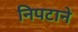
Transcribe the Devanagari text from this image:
निपटाने